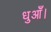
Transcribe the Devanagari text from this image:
धुआँ।